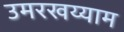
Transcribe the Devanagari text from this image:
उमरखय्याम